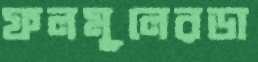
ফলমূলেরডা